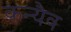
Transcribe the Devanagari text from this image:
कन्यैव